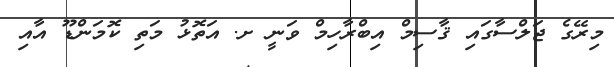
މިރޭގެ ޖަލްސާގައި ޤާސިމް އިބްރާހިމް ވަނީ ށ. އަތޮޅު މަތި ކޮމަންޑޫ އާއި